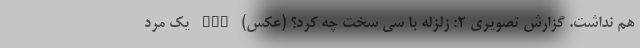
هم نداشت. گزارش تصویری ۲: زلزله با سی سخت چه کرد؟ (عکس) nan یک مرد